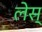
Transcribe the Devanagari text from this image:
लेस्